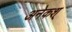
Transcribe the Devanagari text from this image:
अनेकश्